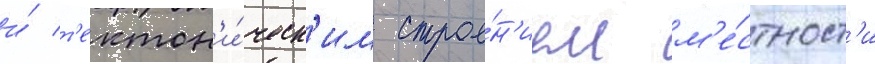
и́ т'ектон'и́ческ'им строе́н'ием м'е́стност'и